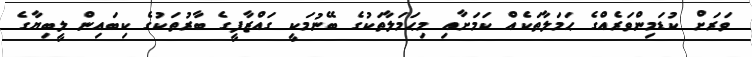
ވަރަށް ކުޑަމިންވަރެއްގެ ޙަމަލާތަކެއް ކަމަށާއި މިޙަމަލާތަކުގެ ބޭނުމަކީ ގައްޒާފީގެ ބާރުތަކުގެ ކިބައިން ލީބިޔާގެ